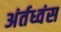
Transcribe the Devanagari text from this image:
अंर्तध्वंस